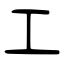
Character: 工